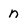
Character: n